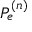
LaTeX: P _ { e } ^ { ( n ) }